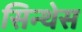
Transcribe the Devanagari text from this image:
सिन्थेस